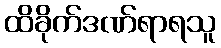
ထိခိုက်ဒဏ်ရာရသူ